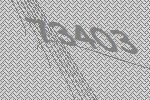
73403